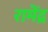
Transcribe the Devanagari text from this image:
रामेंद्र